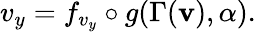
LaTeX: v_{y}=f_{v_{y}}\circ g(\Gamma(\mathbf{v}),\alpha).